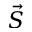
\vec { S }